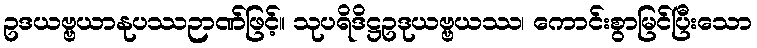
ဥဒယဗ္ဗယာနုပဿဉာဏ်ဖြင့်။ သုပရိဒိဋ္ဌဥဒုယဗ္ဗယဿ၊ ကောင်းစွာမြင်ပြီးသော